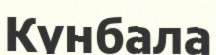
Күнбала